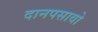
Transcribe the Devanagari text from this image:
दानपसावो